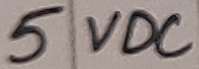
Text: 5 VDC